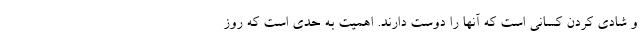
و شادی کردن کسانی است که آنها را دوست دارند. اهمیت به حدی است که روز